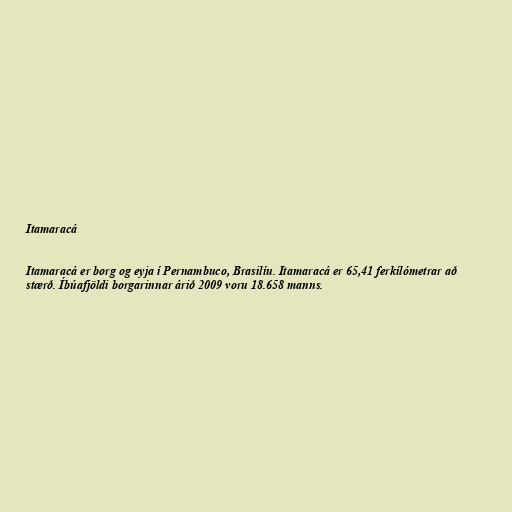
Itamaracá

Itamaracá er borg og eyja í Pernambuco, Brasilíu. Itamaracá er 65,41 ferkílómetrar að
stærð. Íbúafjöldi borgarinnar árið 2009 voru 18.658 manns.